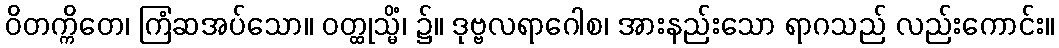
ဝိတက္ကိတေ၊ ကြံဆအပ်သော။ ဝတ္ထုသ္မိံ၊ ၌။ ဒုဗ္ဗလရာဂေါစ၊ အားနည်းသော ရာဂသည် လည်းကောင်း။